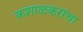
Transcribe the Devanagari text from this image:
कशाळकरांचा